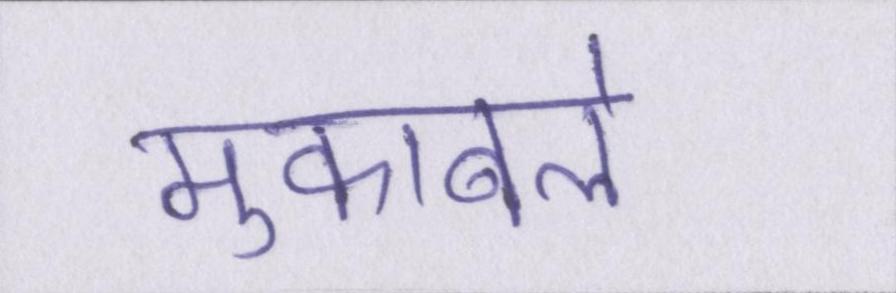
मुकाबले